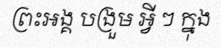
ព្រះអង្គ បង្រួម អ្វី ៗ ក្នុង